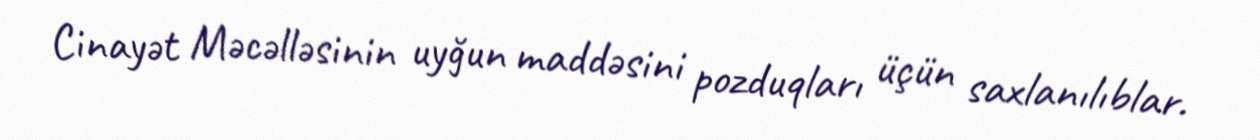
Cinayət Məcəlləsinin uyğun maddəsini pozduqları üçün saxlanılıblar.